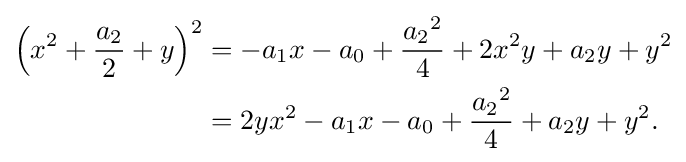
{\begin{aligned}\left(x^{2}+{\frac {a_{2}}{2}}+y\right)^{2}&=-a_{1}x-a_{0}+{\frac {{a_{2}}^{2}}{4}}+2x^{2}y+a_{2}y+y^{2}\\&=2yx^{2}-a_{1}x-a_{0}+{\frac {{a_{2}}^{2}}{4}}+a_{2}y+y^{2}.\end{aligned}}